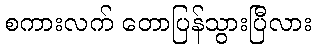
စကားလက် တောပြန်သွားပြီလား